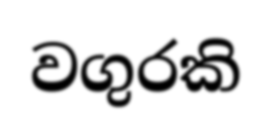
වගුරකි